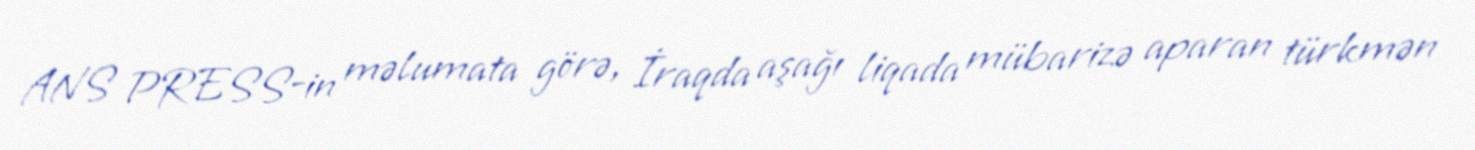
ANS PRESS-in məlumata görə, İraqda aşağı liqada mübarizə aparan türkmən